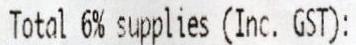
TOTAL 6% SUPPLIES (INC. GST):